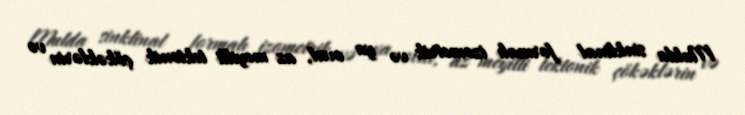
Mulda sinklinal formalı izometrik və ya oval, az meyilli tektonik çökəklərin və